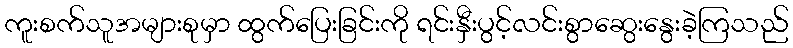
ကူးစက်သူအများစုမှာ ထွက်ပြေးခြင်းကို ရင်းနှီးပွင့်လင်းစွာဆွေးနွေးခဲ့ကြသည်